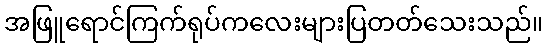
အဖြူရောင်ကြက်ရုပ်ကလေးများပြတတ်သေးသည်။